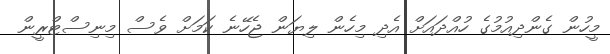
މީހުން ގެންދިއުމުގެ ހުއްދައަށް އެދި މިހެން ލިޔަން ޖެހޭނެ ކަމަށް ވެސް މިނިސްޓްރީން